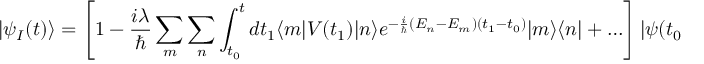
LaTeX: | \psi _ { I } ( t ) \rangle = \left[ 1 - { \frac { i \lambda } { \hbar } } \sum _ { m } \sum _ { n } \int _ { t _ { 0 } } ^ { t } d t _ { 1 } \langle m | V ( t _ { 1 } ) | n \rangle e ^ { - { \frac { i } { \hbar } } ( E _ { n } - E _ { m } ) ( t _ { 1 } - t _ { 0 } ) } | m \rangle \langle n | + \ldots \right] | \psi ( t _ { 0 } ) \rangle ~ .